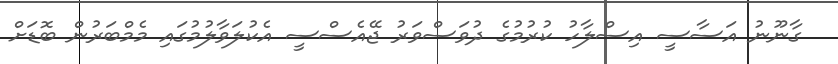
ގާނޫނު އަސާސީ އިސްލާހު ކުރުމުގެ ދުވަސްވަރު ޖޭއެސްސީ އެކުލަވާލުމުގައި މެމްބަރުން ބޮޑަށް